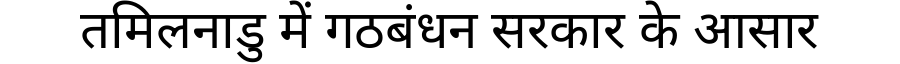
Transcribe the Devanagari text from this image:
तमिलनाडु में गठबंधन सरकार के आसार